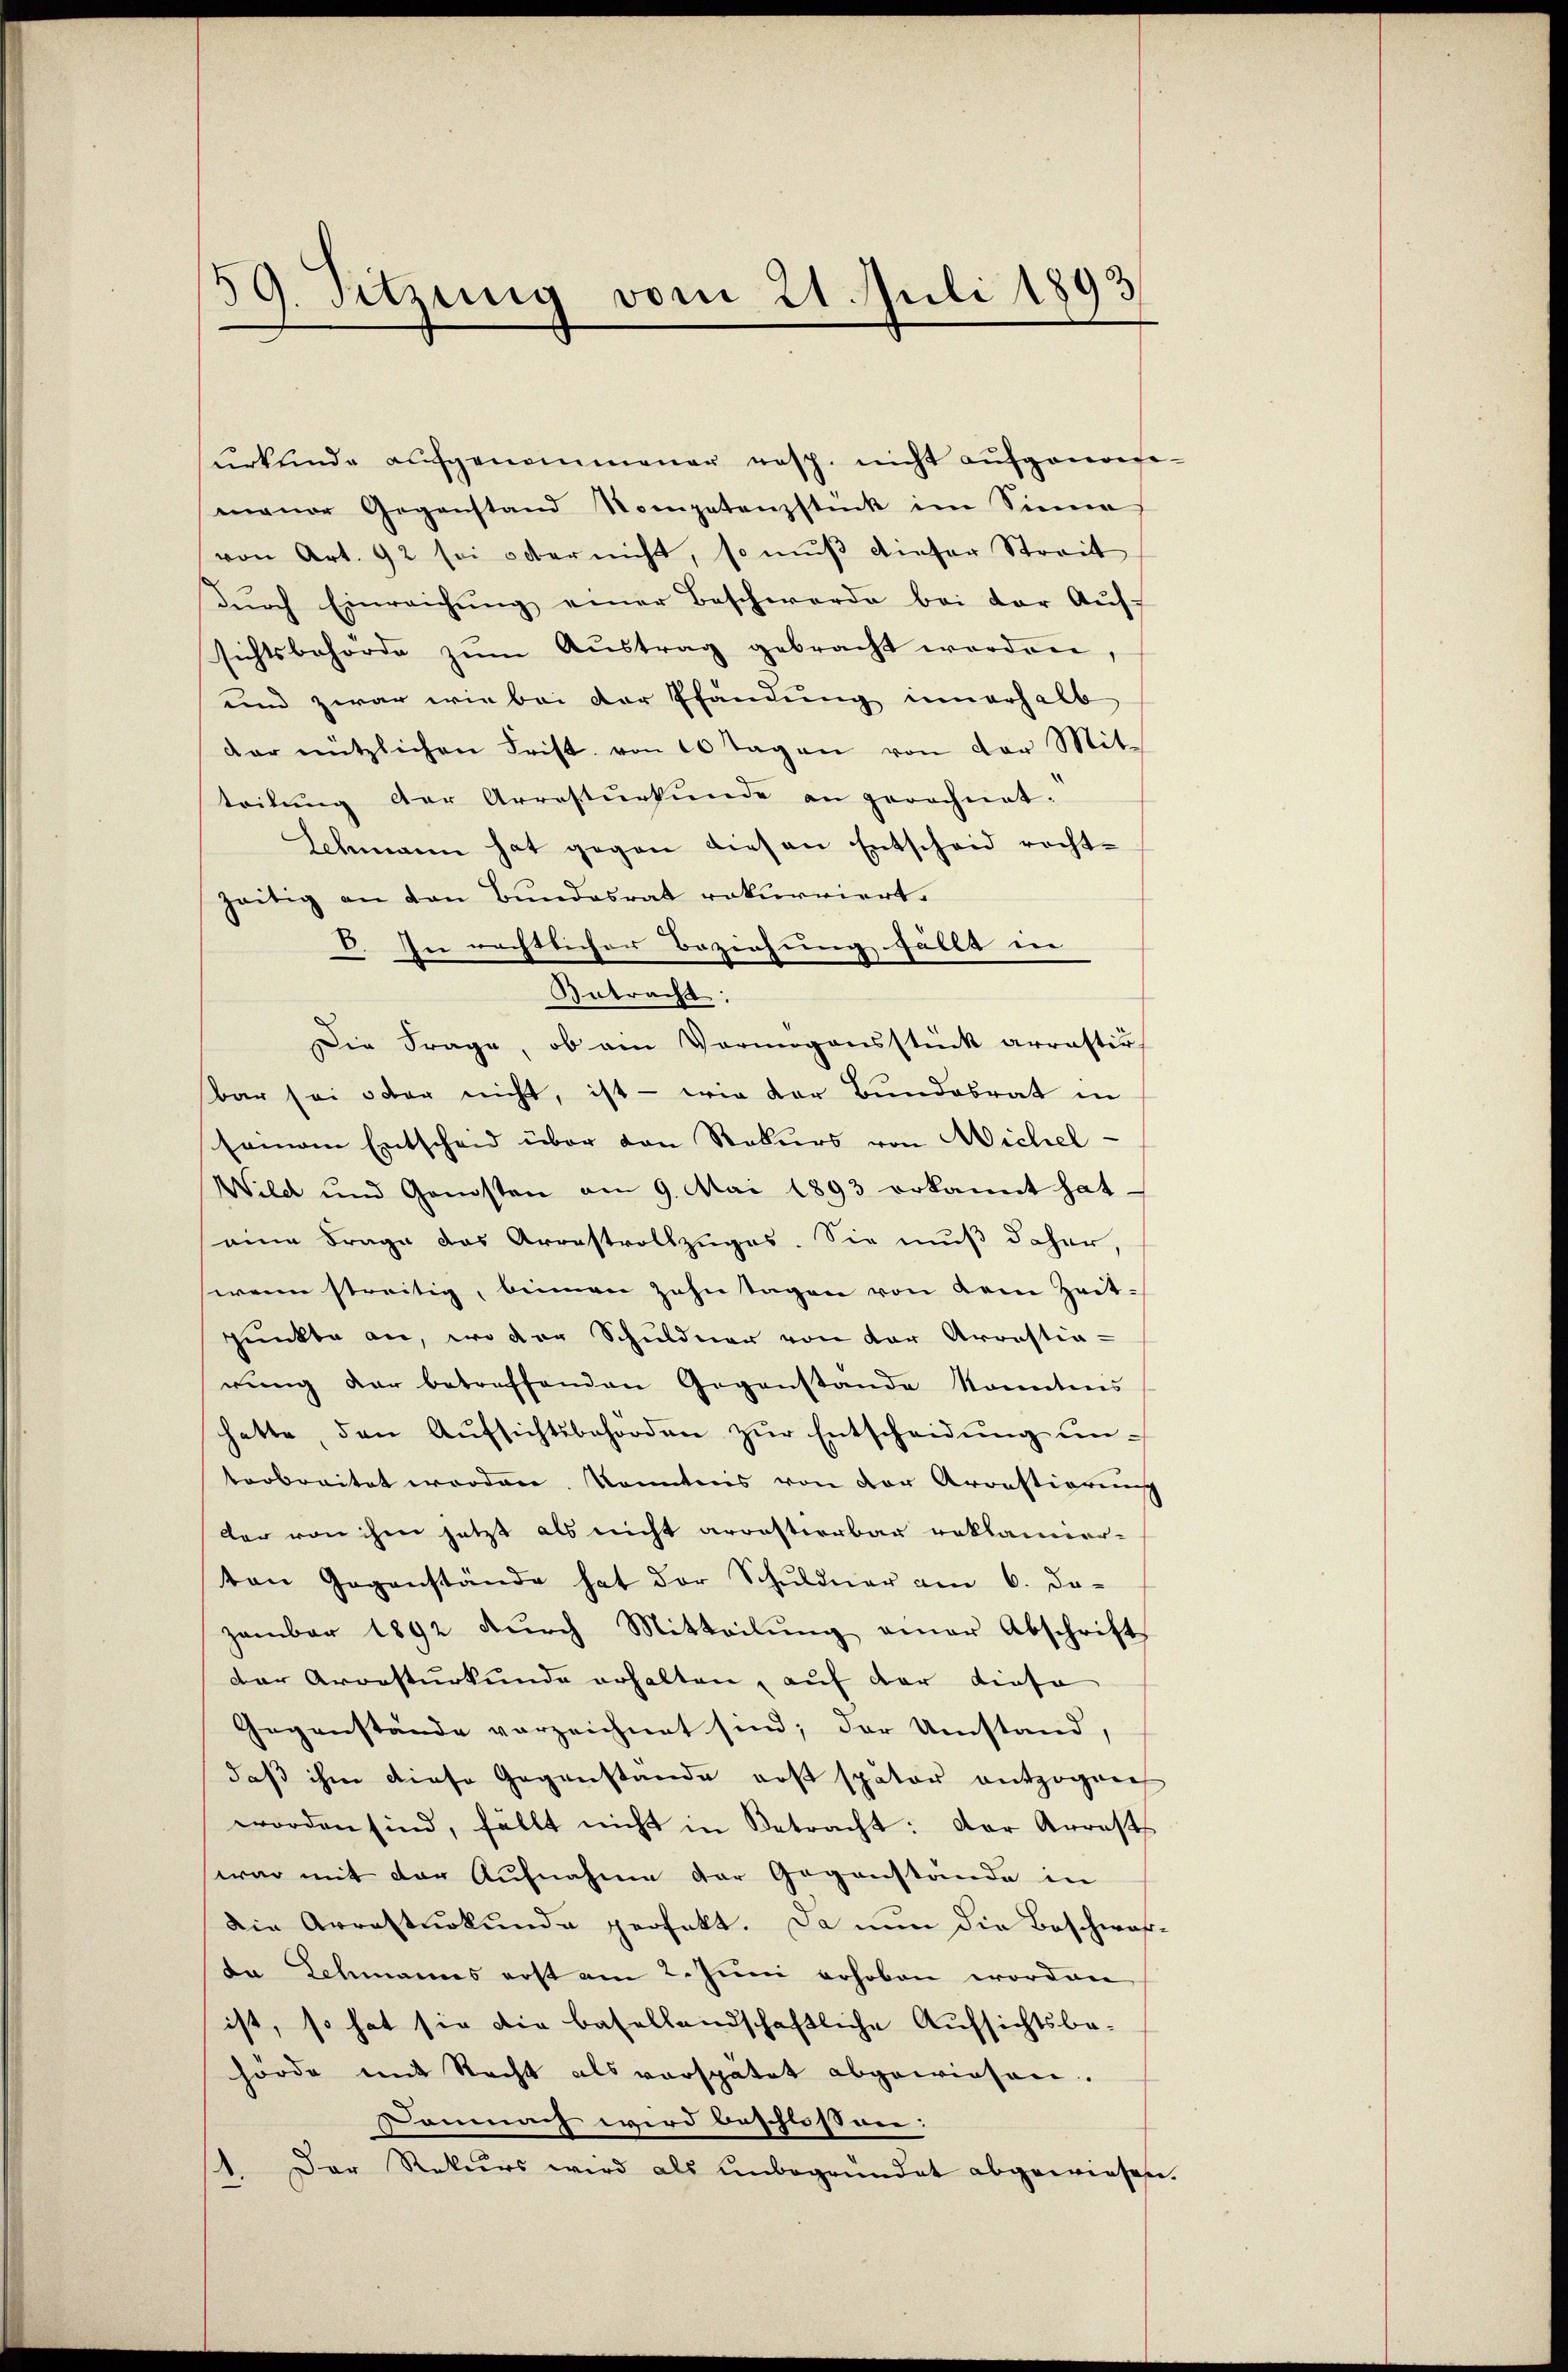
59. Sitzung vom 21. Juli 1893

urkunde aufgenommener resp. nicht aufgenossemaner Gegenstand Kompetenzstück im Sinne
von Art. 92 sei oder nicht, so muß dieser Streit
dŭrch Einreichŭng einer Beschwerde bei der Aŭf-
sichtsbehörde zŭm Aŭstrag gebracht worden,
und zwar wie bei der Pfändung innerhalb
der nützlichen Frist von 10 Tagen von der Mit-
teilung der Arrestŭrkŭnde an gerechnet:
Schmann hat gegen diesen Entscheid recht-
zeitig an den Bundesrat rekurriert.
V. In rechtlicher Beziehung fällt in
Antracht:
DDie Frage, ob ein Vermögensstück arrastir
bar sei oder nicht, ist - wie der Bundesrat in
seinem Entscheid über den Rekurs von Michel¬
Wild und Gensten am 9. Mai 1893 erkannt hat,
eine Frage das Arrestvollzuges. Sie muß daher,
wenn streitig, beimen zehntagen von dem Zeitpunkte an, wo der Schuldner von der Arrastia-
rŭng der betreffenden Gegenstände konntens
hatte, den Aŭfsichtsbehörden zŭr Entscheidŭng ŭn-
terbreitet worden Kenntnis von der Arrestierung
der von ihm jetzt als nicht arrestierbar reklamier-
ten Gegenstände hat der Schuldner am 6. de-
zambar 1892 dŭrch Mitteilŭng einer Abschrift
der Arresturkunde erhalten, auf der diese
Gegenstände verzeichnet sind; der Umstand,
daß ihm diese Gegenstände erst spater entzogene
worden sind, fällt nicht in Betracht: der Arrest
war mit der Aufnahme der Gegenstände in
die Arresturkunde perfekt. Da nun die Bescheraf-
da Schmanns erst am 2. Jŭni erhoben worden
ist, so hat sie die basellandschaftliche Aufsichtsbe-
hörde mit Recht als verspätet abgewiesen.
Dommen wird beschlossen:
1. Der Rekurs wird als unbegründet abgewiesen.